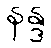
နန္ဒ